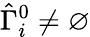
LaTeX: \hat{\Gamma}_{i}^{0}\neq\varnothing